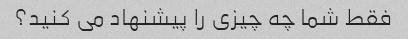
فقط شما چه چیزی را پیشنهاد می کنید؟